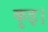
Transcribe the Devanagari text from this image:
कुइ।